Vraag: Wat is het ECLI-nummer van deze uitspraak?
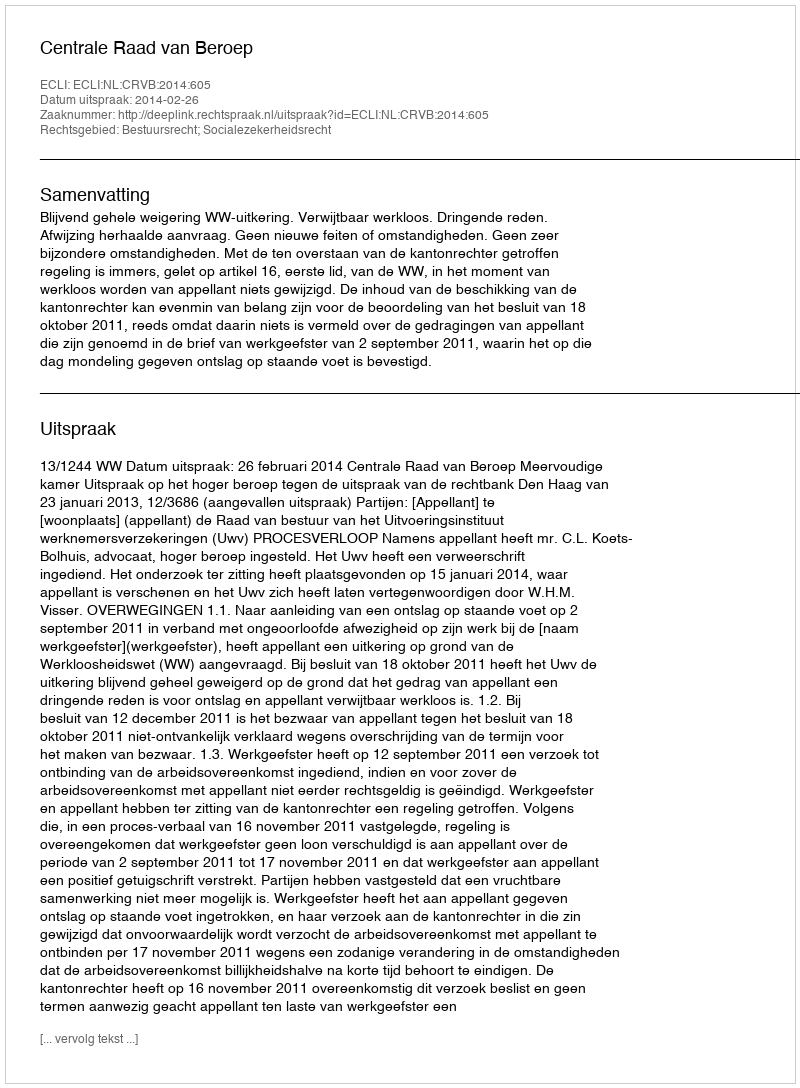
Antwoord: ECLI:NL:CRVB:2014:605